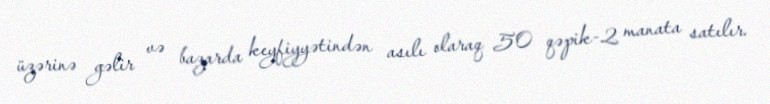
üzərinə gəlir və bazarda keyfiyyətindən asılı olaraq 50 qəpik-2 manata satılır.